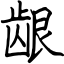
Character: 龈